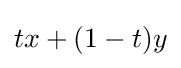
tx+(1-t)y